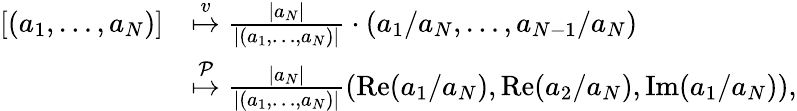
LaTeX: \begin{array}{rl}{[(a_{1},\ldots,a_{N})]}&{\overset{v}{\mapsto}\frac{\vert a_{N}\vert}{\vert(a_{1},\ldots,a_{N})\vert}\cdot(a_{1}/a_{N},\ldots,a_{N-1}/a_{N})}\\ &{\overset{\mathcal{P}}{\mapsto}\frac{\vert a_{N}\vert}{\vert(a_{1},\ldots,a_{N})\vert}(\operatorname{Re}(a_{1}/a_{N}),\operatorname{Re}(a_{2}/a_{N}),\operatorname{Im}(a_{1}/a_{N})),}\end{array}